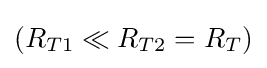
(R_{T1}\ll R_{T2}=R_{T})